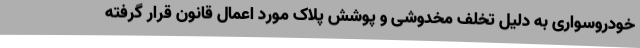
خودروسواری به دلیل تخلف مخدوشی و پوشش پلاک مورد اعمال قانون قرار گرفته